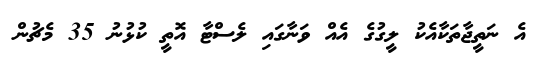
އެ ނަތީޖާތަކާއެކު ލީގުގެ އެއް ވަނާގައި ލެސްޓާ އޮތީ ކުޅުނު 35 މެޗުން